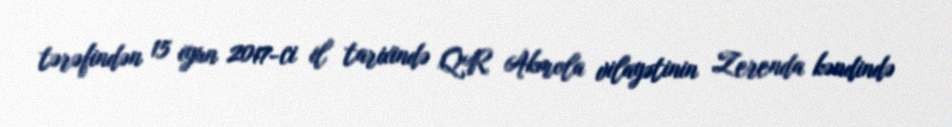
tərəfindən 15 iyun 2017-ci il tarixində QR Akmola vilayətinin Zerenda kəndində